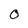
Character: 0